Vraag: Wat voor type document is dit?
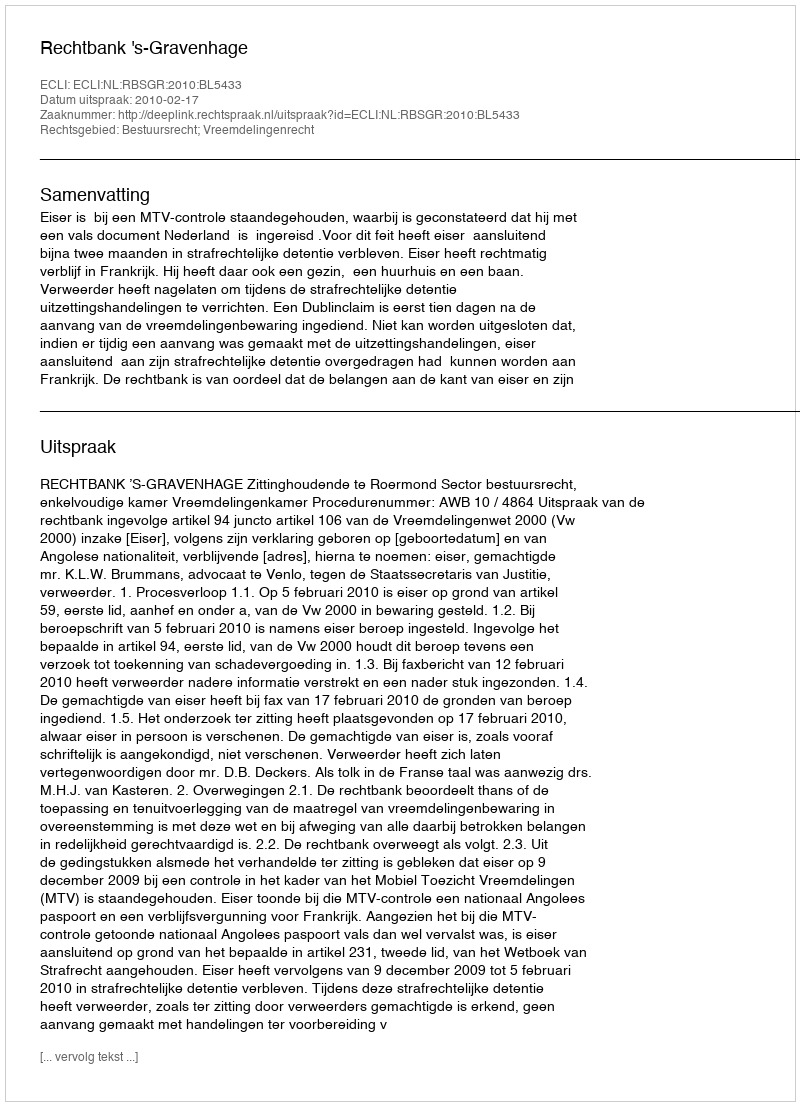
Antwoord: Uitspraak